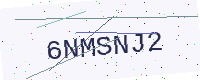
Text: 6NMSNJ2